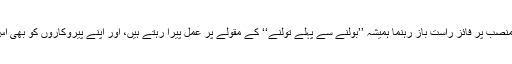
قوم کی رہنمائی کے منصب پر فائز راست باز رہنما ہمیشہ ’’بولنے سے پہلے تولنے‘‘ کے مقولے پر عمل پیرا رہتے ہیں، اور اپنے پیروکاروں کو بھی اس کی تلقین کرتے ہیں۔